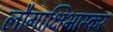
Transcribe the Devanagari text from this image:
लौगाक्षिभास्कर